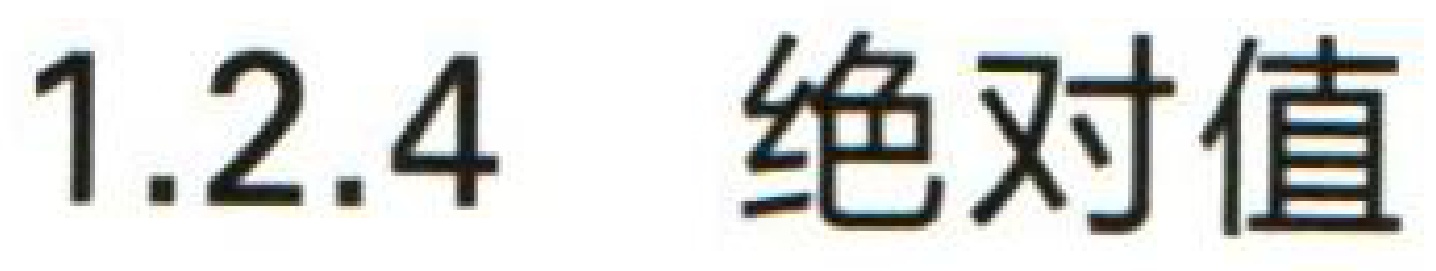
1.2.4 绝对值